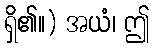
ရှိ၏။) အယံ၊ ဤ